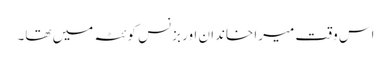
اس وقت میرا خاندان اور بزنس کوئٹہ میں تھا۔